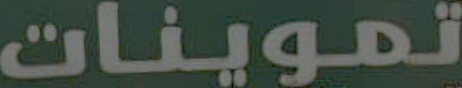
تموينات